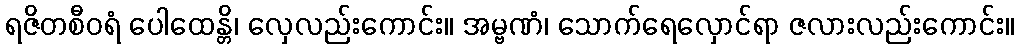
ရဇိတစီဝရံ ပေါထေန္တိ၊ လှေလည်းကောင်း။ အမ္ဗဏံ၊ သောက်ရေလှောင်ရာ ဇလားလည်းကောင်း။